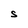
Character: S